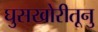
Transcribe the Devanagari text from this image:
घुसखोरीतूनु